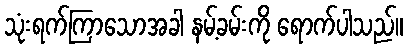
သုံးရက်ကြာသောအခါ နမ့်ခမ်းကို ရောက်ပါသည်။